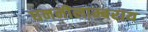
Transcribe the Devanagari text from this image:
घननीलाम्बराय